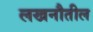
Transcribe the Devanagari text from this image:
लखनौतील